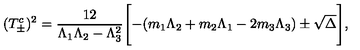
( T _ { \pm } ^ { c } ) ^ { 2 } = \frac { 1 2 } { \Lambda _ { 1 } \Lambda _ { 2 } - \Lambda _ { 3 } ^ { 2 } } \Biggl [ - ( m _ { 1 } \Lambda _ { 2 } + m _ { 2 } \Lambda _ { 1 } - 2 m _ { 3 } \Lambda _ { 3 } ) \pm \sqrt { \Delta } \Biggr ] ,